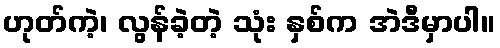
ဟုတ်ကဲ့၊ လွန်ခဲ့တဲ့ သုံး နှစ်က အဲဒီမှာပါ။